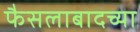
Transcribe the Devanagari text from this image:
फैसलाबादच्या